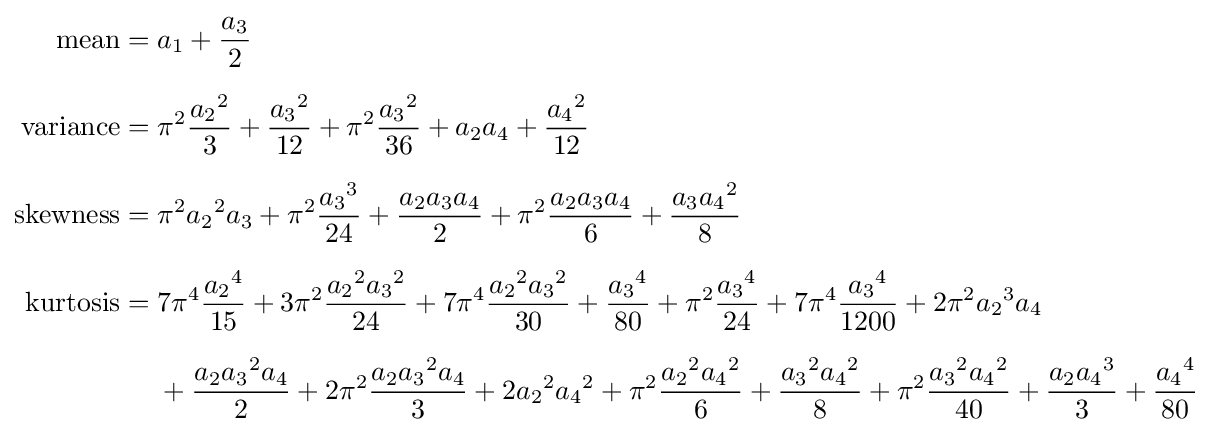
{\begin{aligned}{\text{mean}}={}&a_{1}+{a_{3} \over 2}\\[6pt]{\text{variance}}={}&\pi ^{2}{{a_{2}}^{2} \over 3}+{{a_{3}}^{2} \over {12}}+\pi ^{2}{{a_{3}}^{2} \over {36}}+a_{2}a_{4}+{{a_{4}}^{2} \over {12}}\\[6pt]{\text{skewness}}={}&\pi ^{2}{a_{2}}^{2}{a_{3}}+\pi ^{2}{{a_{3}}^{3} \over {24}}+{{{a_{2}}{a_{3}}{a_{4}}} \over {2}}+\pi ^{2}{{{a_{2}}{a_{3}}{a_{4}}} \over {6}}+{{{a_{3}}{a_{4}}^{2}} \over {8}}\\[6pt]{\text{kurtosis}}={}&7\pi ^{4}{{a_{2}}^{4} \over {15}}+3\pi ^{2}{{{a_{2}}^{2}{a_{3}}^{2}} \over {24}}+7\pi ^{4}{{{a_{2}}^{2}{a_{3}}^{2}} \over {30}}+{{{a_{3}}^{4}} \over {80}}+\pi ^{2}{{a_{3}}^{4} \over {24}}+7\pi ^{4}{{a_{3}}^{4} \over {1200}}+2\pi ^{2}{a_{2}}^{3}{a_{4}}\\[6pt]&{}+{{{a_{2}}{a_{3}}^{2}{a_{4}}} \over {2}}+2\pi ^{2}{{{a_{2}}{a_{3}}^{2}{a_{4}}} \over {3}}+2{{a_{2}}^{2}{a_{4}}^{2}}+\pi ^{2}{{{a_{2}}^{2}{a_{4}}^{2}} \over {6}}+{{{a_{3}}^{2}{a_{4}}^{2}} \over {8}}+\pi ^{2}{{{a_{3}}^{2}{a_{4}}^{2}} \over {40}}+{{{a_{2}}{a_{4}}^{3}} \over {3}}+{{a_{4}}^{4} \over {80}}\end{aligned}}